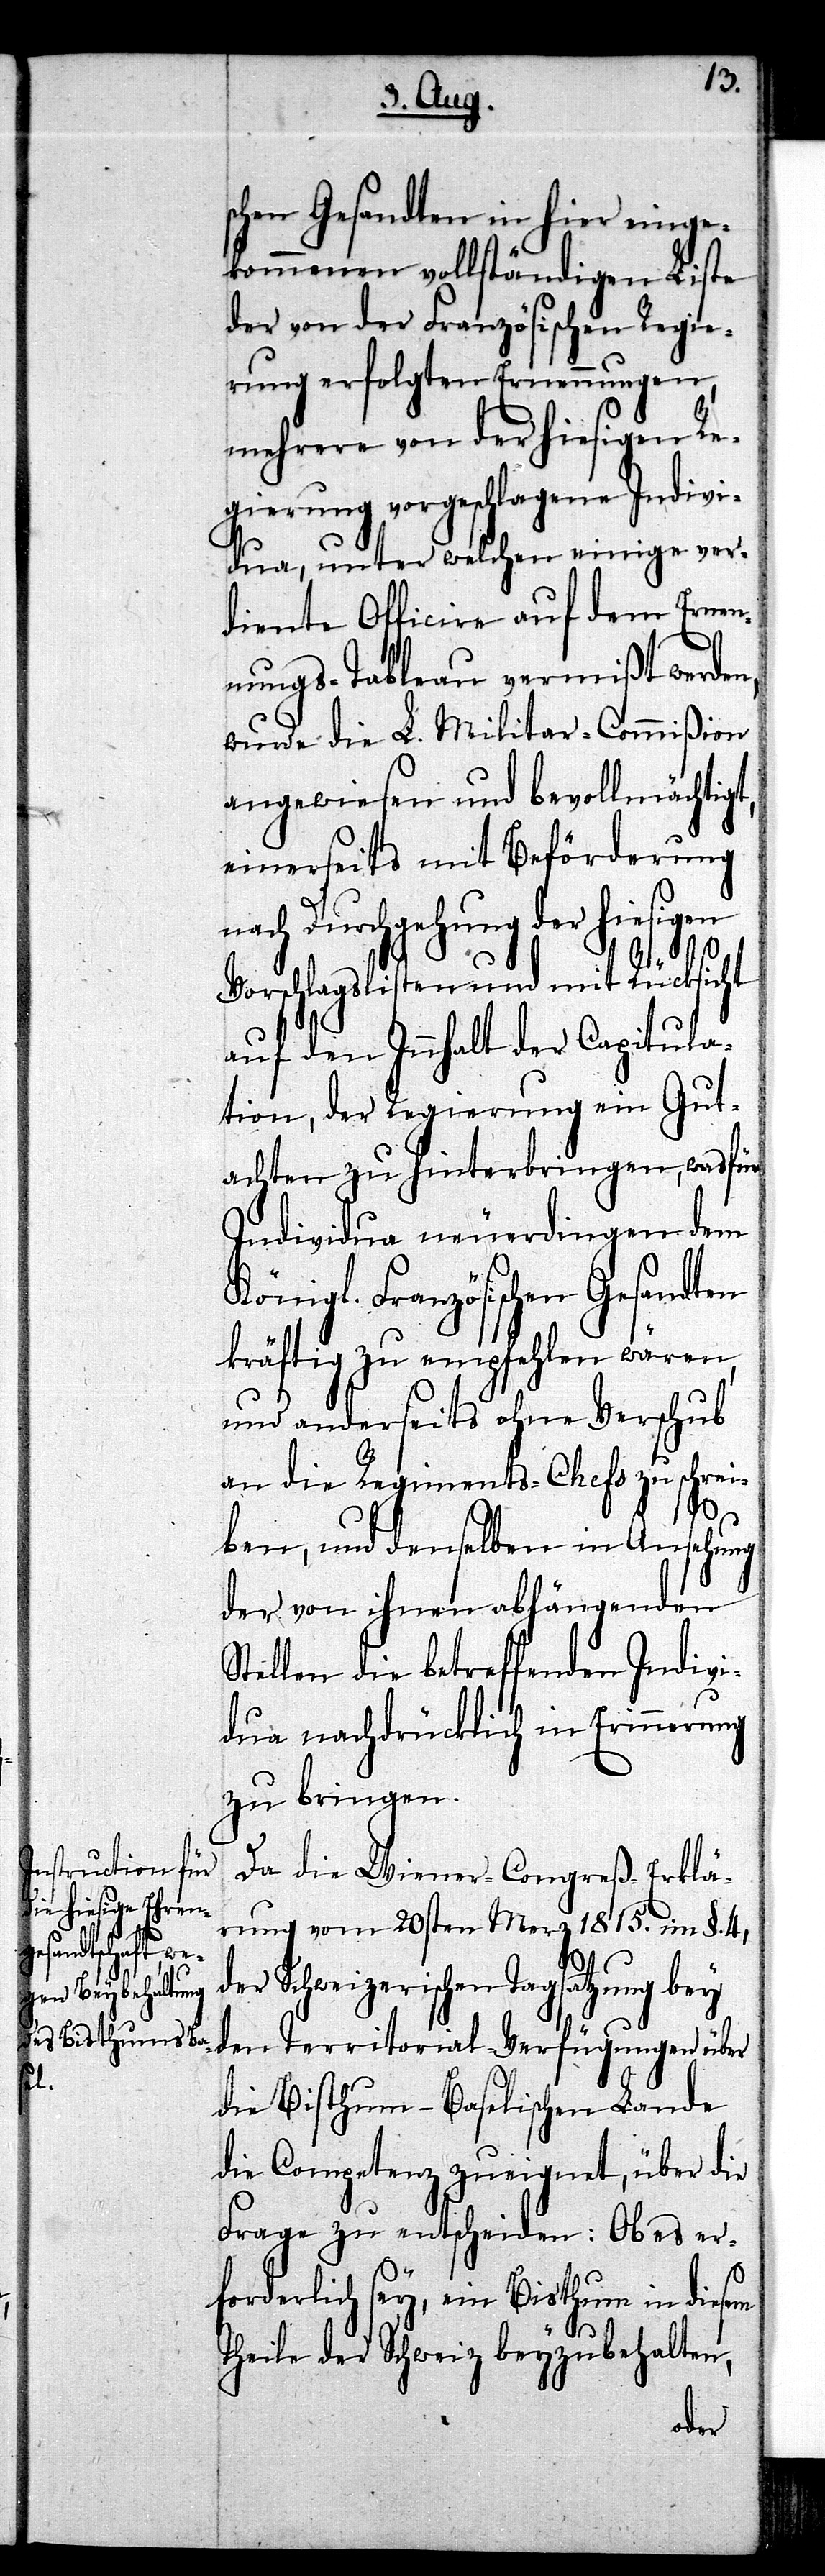
schen Gesandten in hier einge¬
kommenen vollständigen Liste
der von der Französischen Regie¬
rung erfolgten Ernennungen,
mehrere von der hiesigen Re¬
gierung vorgeschlagene Indivi¬
dua, unter welchen einige ver¬
diente Officire auf dem Ernen¬
nungs-Tableau vermißt werden,
wurde die L. Militar-Commißion
angewiesen und bevollmächtigt,
einerseits mit Beförderung
nach Durchgehung der hiesigen
Vorschlagslisten und mit Rücksicht
auf den Innhalt der Capitula¬
tion, der Regierung ein Gut¬
achten zu hinterbringen, was für
Individua neuerdingen dem
Königl. Französischen Gesandten
kräftig zu empfehlen wären,
und anderseits ohne Verschub
an die Regiments-Chefs zu schrei¬
ben, und denselben in Ansehung
der von ihnen abhängenden
Stellen die betreffenden Inidivi¬
dua nachdrücklich in Erinnerung
zu bringen.
Da die Wiener-Congreß-Erklä¬
rung vom 20sten Merz 1815. im §. 4,
der Schweizerischen Tagsatzung bey
den Territorial-Verfügungen über
die Bisthum–Baselischen Lande
die Competenz zueignet, über die
Frage zu entscheiden: Ob es er¬
forderlich sey, ein Bisthum in diesem
Theile der Schweiz beyzubehalten,